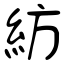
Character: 紡